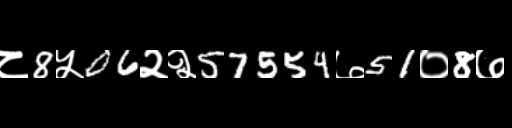
Text: ८8५06२२57554७51०8७